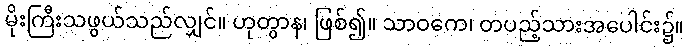
မိုးကြီးသဖွယ်သည်လျှင်။ ဟုတွာန၊ ဖြစ်၍။ သာဝကေ၊ တပည့်သားအပေါင်း၌။